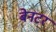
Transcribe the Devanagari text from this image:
बेनटर